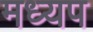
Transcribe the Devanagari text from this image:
मध्यप